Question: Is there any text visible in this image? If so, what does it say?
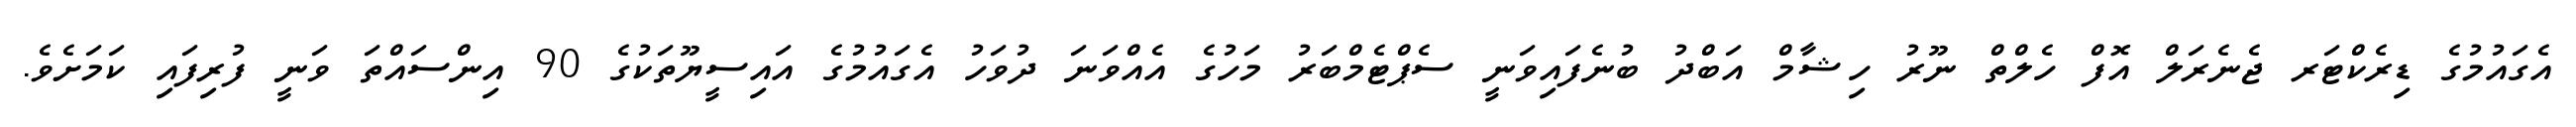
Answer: އެގައުމުގެ ޑިރެކްޓަރ ޖެނެރަލް އޮފް ހެލްތް ނޫރު ހިޝާމް އަބްދު ބުނެފައިވަނީ ސެޕްޓެމްބަރު މަހުގެ އެއްވަނަ ދުވަހު އެގައުމުގެ އައިސީޔޫތަކުގެ 90 އިންސައްތަ ވަނީ ފުރިފައި ކަމަށެވެ.